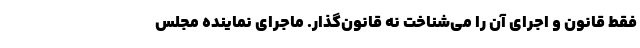
فقط قانون و اجرای آن را می‌شناخت نه قانون‌گذار. ماجرای نماینده مجلس